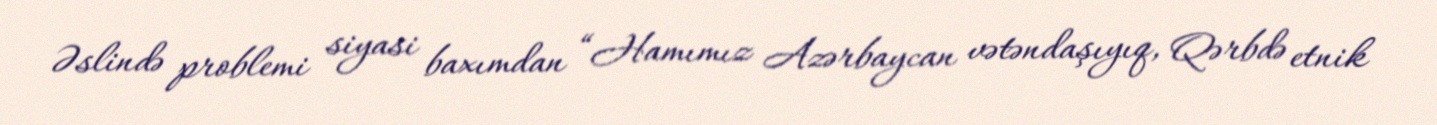
Əslində problemi siyasi baxımdan “Hamımız Azərbaycan vətəndaşıyıq, Qərbdə etnik